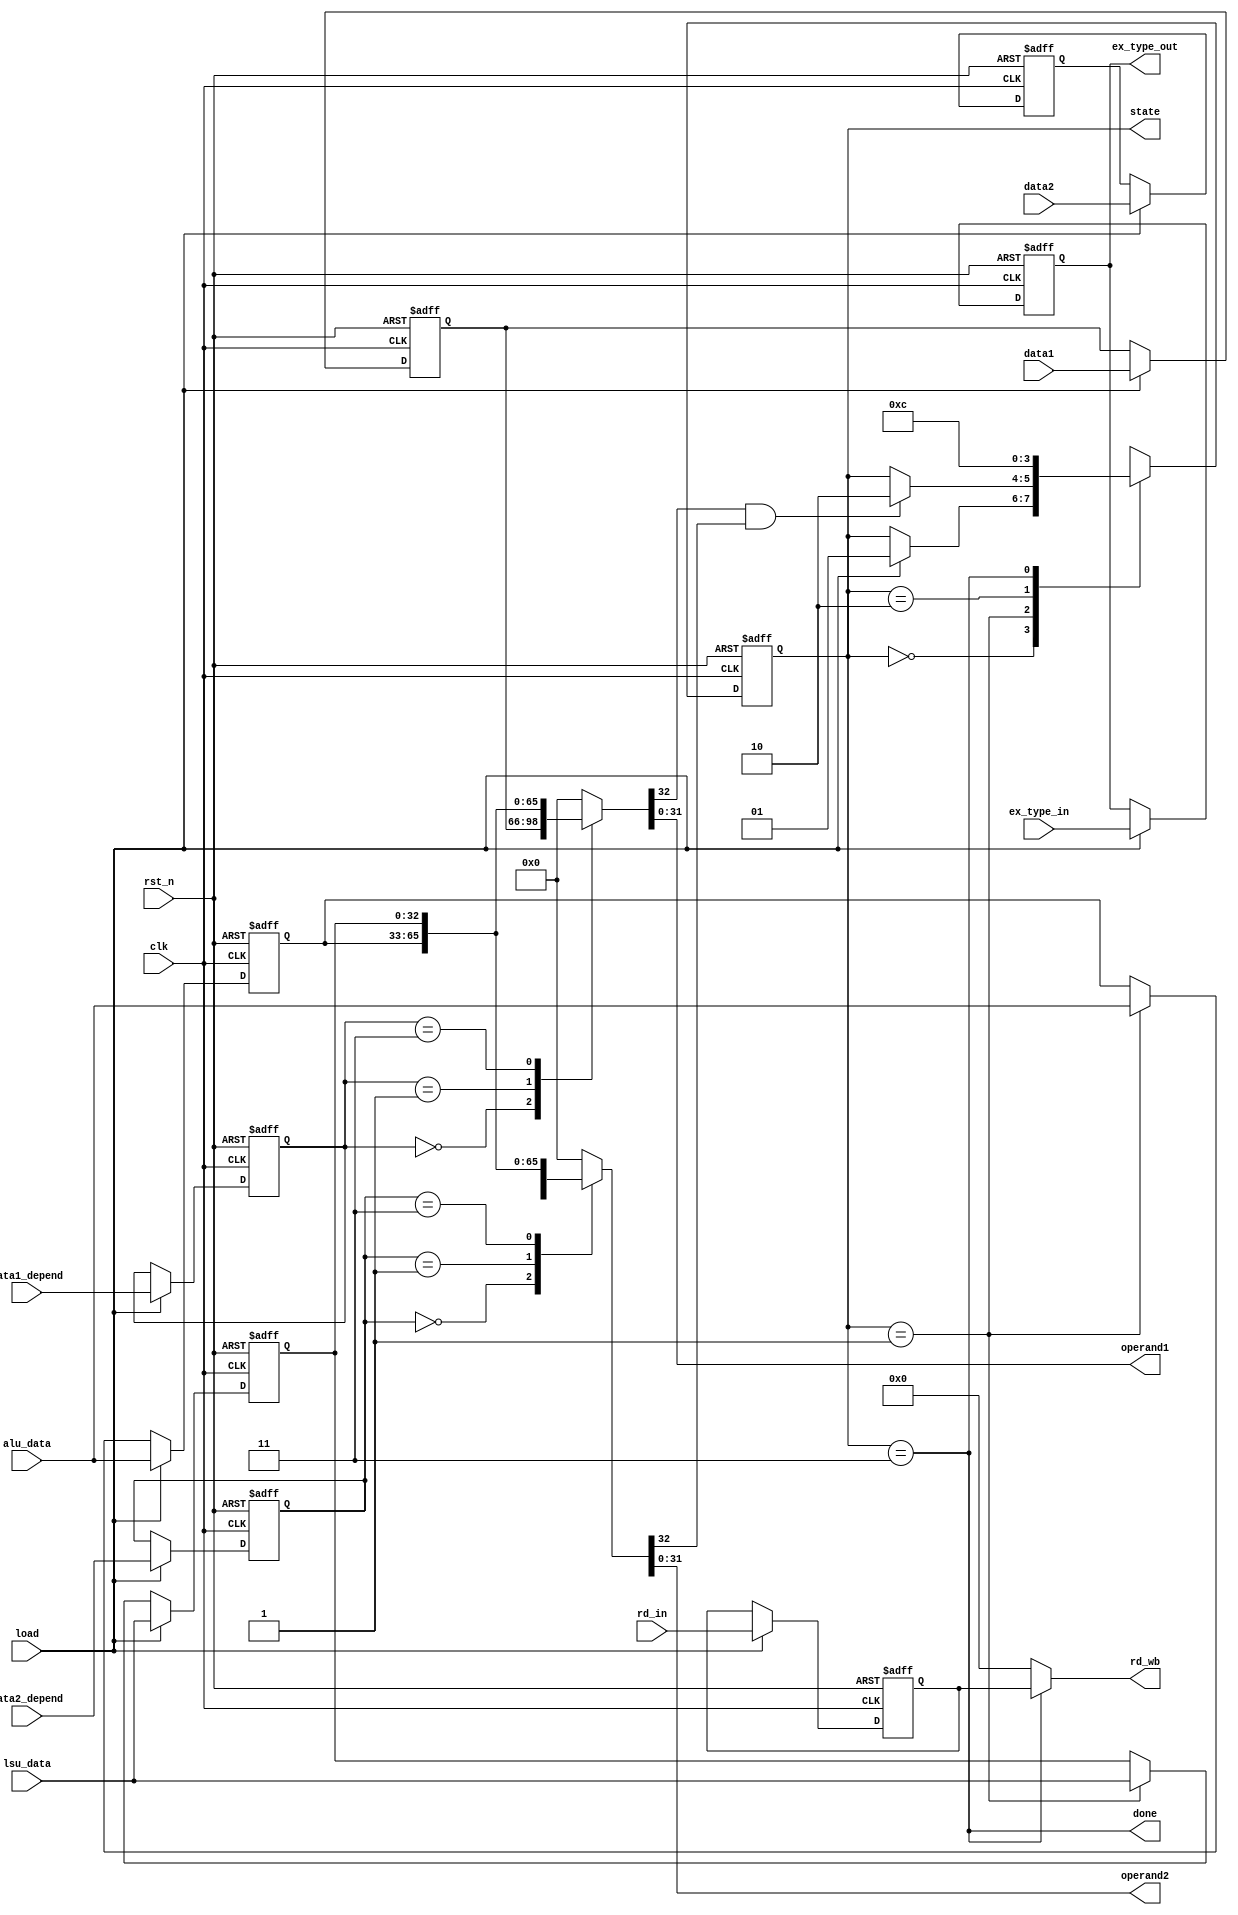
module Issue_MUL(
    // Inputs
    input wire clk,
    input wire rst_n,
    input wire load,
    input wire [1:0] data1_depend,
    input wire [1:0] data2_depend,
    input wire [4:0] rd_in,
    input wire [5:0] ex_type_in,
    input wire [32:0] data1,
    input wire [32:0] data2,
    input wire [32:0] alu_data,
    input wire [32:0] lsu_data,
    // Outputs
    output reg [1:0] state,
    output wire done,
    output wire [4:0] rd_wb,
    output wire [5:0] ex_type_out,
    output wire [31:0] operand1,
    output wire [31:0] operand2
);

    parameter READY = 2'b00;
    parameter LOAD = 2'b01;
    parameter EXECUTE = 2'b10;
    parameter DONE = 2'b11;
    reg [1:0] data1_depend_store, data2_depend_store;
    reg [32:0] data1_store, data2_store;
    reg [32:0] alu_data_store, lsu_data_store;
    reg [4:0] rd_store;
    reg [5:0] ex_type_store;
    reg [32:0] operand1_tmp, operand2_tmp;
    wire operand1_valid = operand1_tmp[32];
    wire operand2_valid = operand2_tmp[32];

    // Manage state
    always @(posedge clk or negedge rst_n) begin
        if(!rst_n) begin
            state <= READY;
        end
        else begin
            case(state)
                READY: begin
                    if(load) state <= LOAD;
                    else state <= state;
                end
                LOAD: begin
                    if(operand1_valid & operand2_valid) state <= EXECUTE;
                    else state <= state;
                end
                EXECUTE: begin
                    state <= DONE;
                end
                DONE: begin
                    state <= READY;
                end
                default: state <= READY;
            endcase
        end
    end

    // Store data
    always @(posedge clk or negedge rst_n) begin
        if(!rst_n) begin
            data1_depend_store <= 2'b00;
            data2_depend_store <= 2'b00;
            rd_store <= 5'd0;
            ex_type_store <= 6'd0;
            data1_store <= 33'd0;
            data2_store <= 33'd0;
            alu_data_store <= 33'd0;
            lsu_data_store <= 33'd0;
        end
        else begin
            if(load) begin
                data1_depend_store <= data1_depend;
                data2_depend_store <= data2_depend;
                rd_store <= rd_in;
                ex_type_store <= ex_type_in;
                data1_store <= data1;
                data2_store <= data2;
                alu_data_store <= alu_data;
                lsu_data_store <= lsu_data;
            end
            else begin
                data1_depend_store <= data1_depend_store;
                data2_depend_store <= data2_depend_store;
                rd_store <= rd_store;
                ex_type_store <= ex_type_store;
                data1_store <= data1_store;
                data2_store <= data2_store;
                alu_data_store <= (state == LOAD) ? alu_data : alu_data_store;
                lsu_data_store <= (state == LOAD) ? lsu_data : lsu_data_store;
            end
        end
    end

    always @(*) begin
        case(data1_depend_store)
            2'b00: operand1_tmp = data1_store;
            2'b01: operand1_tmp = alu_data_store;
            2'b11: operand1_tmp = lsu_data_store;
            default: operand1_tmp = 33'd0;
        endcase

        case(data2_depend_store)
            2'b00: operand2_tmp = data2_store;
            2'b01: operand2_tmp = alu_data_store;
            2'b11: operand2_tmp = lsu_data_store;
            default: operand2_tmp = 33'd0;
        endcase
    end

    // Assign outputs
    assign done = (state == DONE);
    assign rd_wb = (state == DONE) ? rd_store : 5'd0;
    assign ex_type_out = ex_type_store;
    assign operand1 = operand1_tmp;
    assign operand2 = operand2_tmp;
endmodule